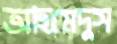
আহমেদুস